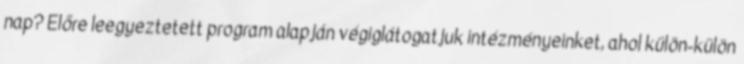
nap? Előre leegyeztetett program alapján végiglátogatjuk intézményeinket, ahol külön-külön